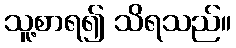
သူ့စာရ၍ သိရသည်။